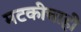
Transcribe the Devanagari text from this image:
मटकीचाही